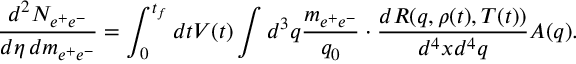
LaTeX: \frac { d ^ { 2 } N _ { e ^ { + } e ^ { - } } } { d \eta \, d m _ { e ^ { + } e ^ { - } } } = \int _ { 0 } ^ { t _ { f } } d t V ( t ) \int d ^ { 3 } q \frac { m _ { e ^ { + } e ^ { - } } } { q _ { 0 } } \cdot \frac { d R ( q , \rho ( t ) , T ( t ) ) } { d ^ { 4 } x d ^ { 4 } q } A ( q ) .